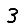
Digit: 3